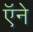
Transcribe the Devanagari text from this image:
ऍने